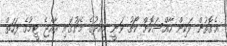
އެގޮތުން ވަކިން ހާއްސަކޮށް ކޯޗު ވަނީ މިއަދުގެ މެޗުގައި ރާއްޖެ ޓީމުގެ ފަހަތް